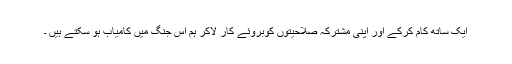
ایک ساتھ کام کرکے اور اپنی مشترکہ صلاحیتوں کوبروئے کار لاکر ہم اس جنگ میں کامیاب ہو سکتے ہیں ۔